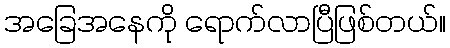
အခြေအနေကို ရောက်လာပြီဖြစ်တယ်။